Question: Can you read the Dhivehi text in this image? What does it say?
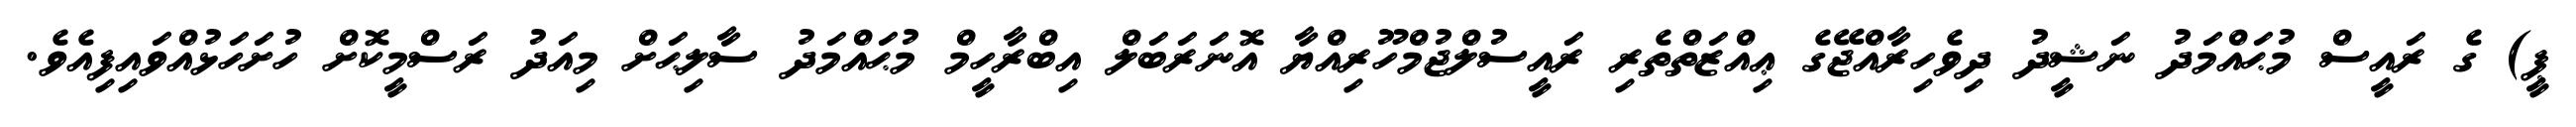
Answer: ޕީ) ގެ ރައީސް މުޙައްމަދު ނަޝީދު ދިވެހިރާއްޖޭގެ ޢިއްޒަތްތެރި ރައީސުލްޖުމްހޫރިއްޔާ އޮނަރަބަލް އިބްރާހީމް މުޙައްމަދު ސާލިޙަށް މިއަދު ރަސްމީކޮށް ހުށަހަޅުއްވައިފިއެވެ.